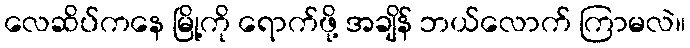
လေဆိပ်ကနေ မြို့ကို ရောက်ဖို့ အချိန် ဘယ်လောက် ကြာမလဲ။